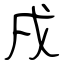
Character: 戌